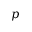
p